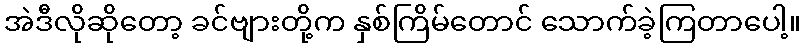
အဲဒီလိုဆိုတော့ ခင်ဗျားတို့က နှစ်ကြိမ်တောင် သောက်ခဲ့ကြတာပေါ့။